Lunatic asylums Burma 1907-21 - 1907-1921
Year: 1907
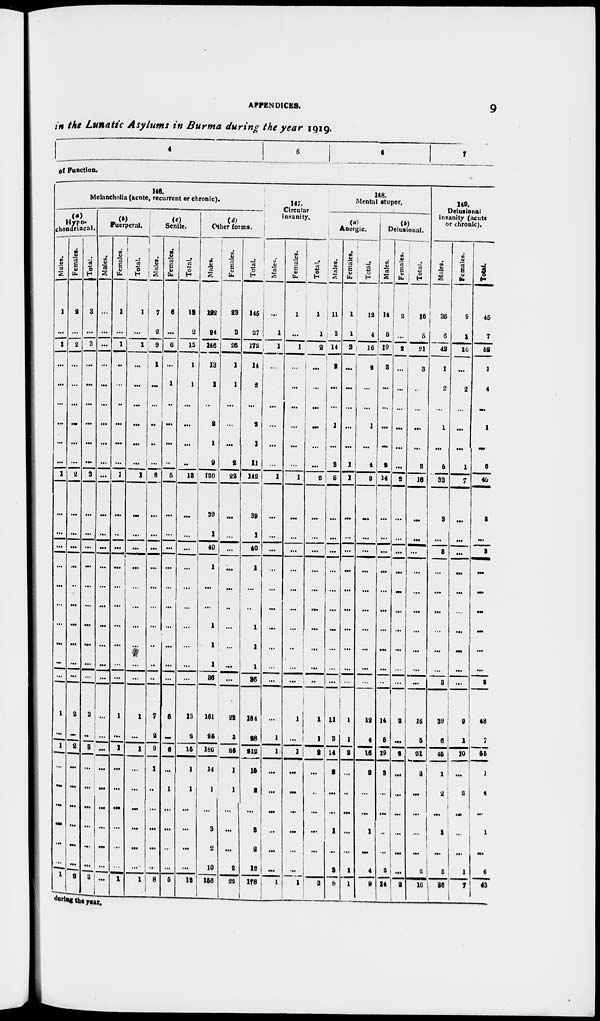
APPENDICES.
9
in the Lunatic Asylums in Burma during the year 1919.
4
5
6
7
of Function.
146.
Melancholia (acute, recurrent or chronic).
Hypo¬
chondriacal.
Males.
1
...
1
...
...
...
...
...
...
1
...
...
...
...
...
...
...
...
...
...
1
...
1
...
...
...
...
...
...
1
Females.
2
...
2
...
...
...
...
...
...
2
...
...
...
...
...
...
...
...
...
...
2
...
2
...
...
...
...
...
...
2
Total.
3
...
3
...
...
...
...
...
...
3
...
...
...
...
...
...
...
...
...
...
3
...
3
...
...
...
...
...
...
3
Puerperal.
Males.
...
...
...
...
...
...
...
...
...
...
...
...
...
...
...
...
...
...
...
...
...
...
...
...
...
...
...
...
...
...
Females.
1
...
1
...
...
...
...
...
...
1
...
...
...
...
...
...
...
...
...
...
1
...
1
...
...
...
...
...
...
1
Total
1
...
1
...
...
...
...
...
...
1
...
...
...
...
...
...
...
...
...
...
1
...
1
...
...
...
...
...
...
1
Senile.
Males.
7
2
9
1
...
...
...
...
...
8
...
...
...
...
...
...
...
...
...
...
7
2
9
1
...
...
...
...
...
8
Females.
6
...
6
...
1
...
...
...
...
5
...
...
...
...
...
...
...
...
...
...
6
...
6
...
1
...
...
...
...
5
Total.
13
2
15
1
1
...
...
...
...
13
...
...
...
...
...
...
...
...
...
...
13
2
15
1
1
...
...
...
...
13
Other forms.
Males.
122
24
146
13
1
...
2
1
9
120
39
1
40
1
...
...
1
1
1
36
161
25
186
14
1
...
3
2
10
156
Females.
23
3
26
1
1
...
...
...
2
22
...
...
...
...
...
...
...
...
...
...
23
3
26
1
1
...
...
...
2
22
Total.
145
27
172
14
2
...
2
1
1 1
142
39
1
40
1
...
...
1
1
1
36
184
28
212
15
2
...
3
2
12
178
147.
Circular
insanity.
Males.
...
1
1
...
...
...
...
...
...
1
...
...
...
...
...
...
...
...
...
...
...
1
1
...
...
...
...
...
...
1
Females.
1
...
1
...
...
...
...
...
...
1
...
...
...
...
...
...
...
...
...
...
1
...
1
...
...
...
...
...
...
1
Total.
1
1
2
...
...
...
...
...
...
2
...
...
...
...
...
...
...
...
...
...
1
1
2
...
...
...
...
...
...
2
148.
Mental stupor.
Anergic.
Males.
11
3
14
2
...
...
1
...
3
8
...
...
...
...
...
...
...
...
...
...
11
3
14
2
...
...
1
...
3
8
Females.
1
1
2
...
...
...
...
...
1
1
...
...
...
...
...
...
...
...
...
...
1
1
2
...
...
...
...
...
1
1
Total.
12
4
16
2
...
...
1
...
4
9
...
...
...
...
...
...
...
...
...
...
12
4
16
2
...
...
1
...
4
9
Delusional.
Males.
14
5
19
3
...
...
...
...
2
14
...
...
...
...
...
...
...
...
...
...
14
5
19
3
...
...
...
...
2
14
Females.
2
...
2
...
...
...
...
...
...
2
...
...
...
...
...
...
...
...
...
...
2
...
2
...
...
...
...
...
...
2
Total.
16
5
21
3
...
...
...
...
2
16
...
...
...
...
...
...
...
...
...
...
16
5
21
3
...
...
...
...
2
16
149.
Delusional
insanity (acute
or chronic).
Males.
36
6
42
1
2
...
1
...
5
33
3
...
3
...
...
...
...
...
...
3
39
6
45
1
2
...
1
...
5
36
Females.
9
1
10
...
2
...
...
...
1
7
...
...
...
...
...
...
...
...
...
...
9
1
10
...
2
...
...
...
1
7
Total.
45
7
52
1
4
...
1
...
6
40
3
...
3
...
...
...
...
...
...
3
48
7
55
1
4
...
1
...
6
43
during the year.